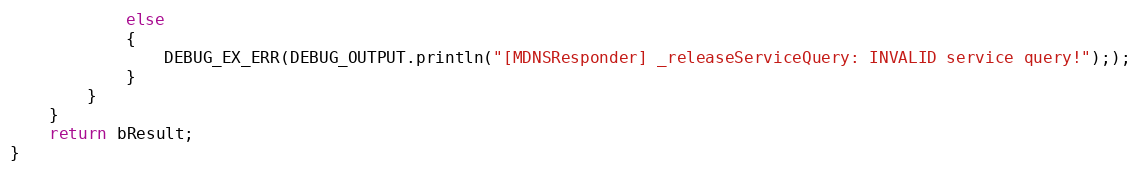
Language: C++
            else
            {
                DEBUG_EX_ERR(DEBUG_OUTPUT.println("[MDNSResponder] _releaseServiceQuery: INVALID service query!"););
            }
        }
    }
    return bResult;
}